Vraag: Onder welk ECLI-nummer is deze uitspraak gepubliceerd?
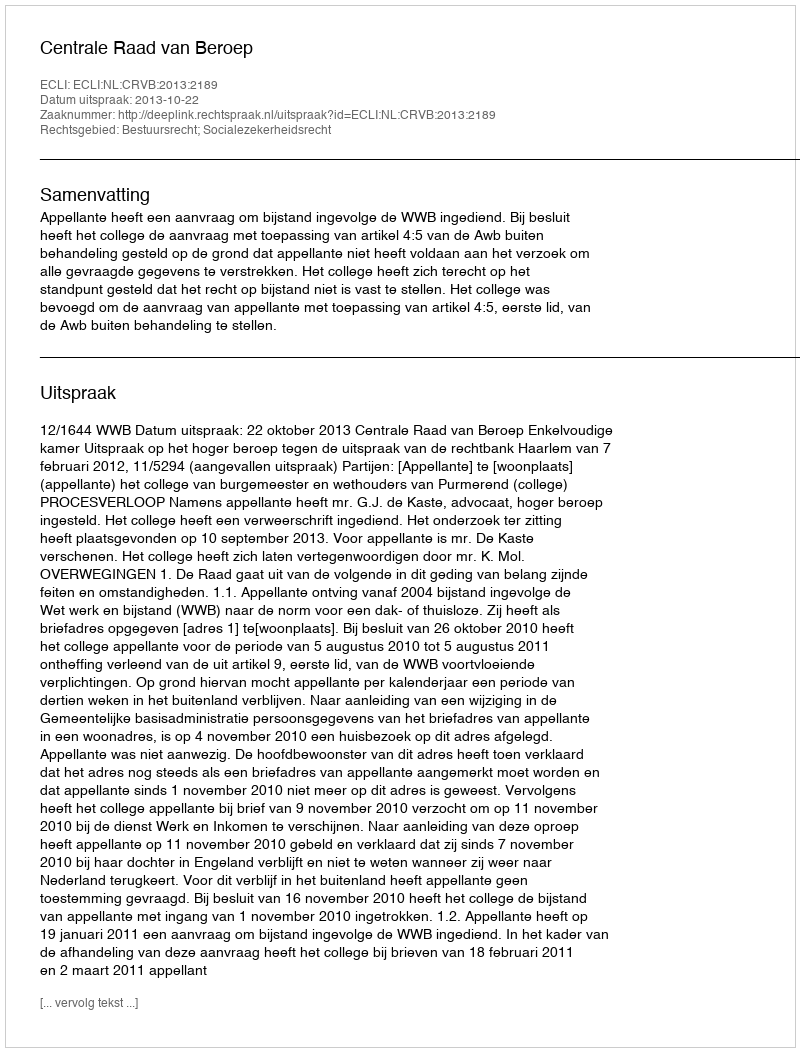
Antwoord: ECLI:NL:CRVB:2013:2189